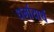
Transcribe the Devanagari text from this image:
धर्मायार्थ